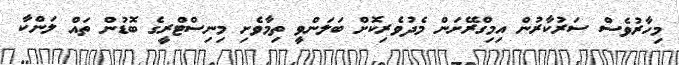
މިހާރުވެސް ސަރުކާރުން އިމިގްރޭށަން މެދުވެރިކޮށް ބަލަންވީ ތިމާވެށި މިނިސްޓްރީގެ ބޮޑުން ތައް ލަންކާ